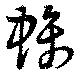
螭